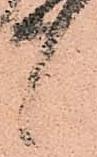
候